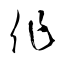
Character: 作